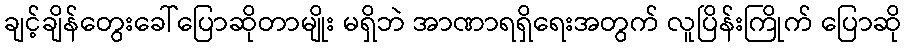
ချင့်ချိန်တွေးခေါ်ပြောဆိုတာမျိုး မရှိဘဲ အာဏာရရှိရေးအတွက် လူပြိန်းကြိုက် ပြောဆို